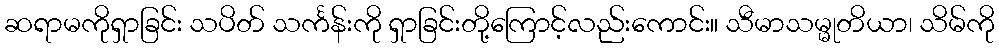
ဆရာမကိုရှာခြင်း သပိတ် သင်္ကန်းကို ရှာခြင်းတို့ကြောင့်လည်းကောင်း။ သီမာသမ္မုတိယာ၊ သိမ်ကို